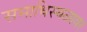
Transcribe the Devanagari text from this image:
समाधिस्थळावर